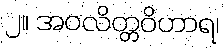
၂။ အဝလိတ္တဝိဟာရ၊